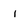
Character: i